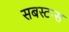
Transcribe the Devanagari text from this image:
सबस्टन्स